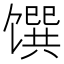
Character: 馔